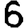
Digit: 6